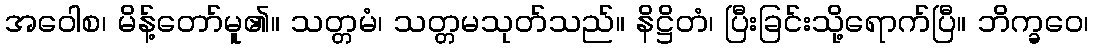
အဝေါစ၊ မိန့်တော်မူ၏။ သတ္တမံ၊ သတ္တမသုတ်သည်။ နိဋ္ဌိတံ၊ ပြီးခြင်းသို့ရောက်ပြီ။ ဘိက္ခဝေ၊